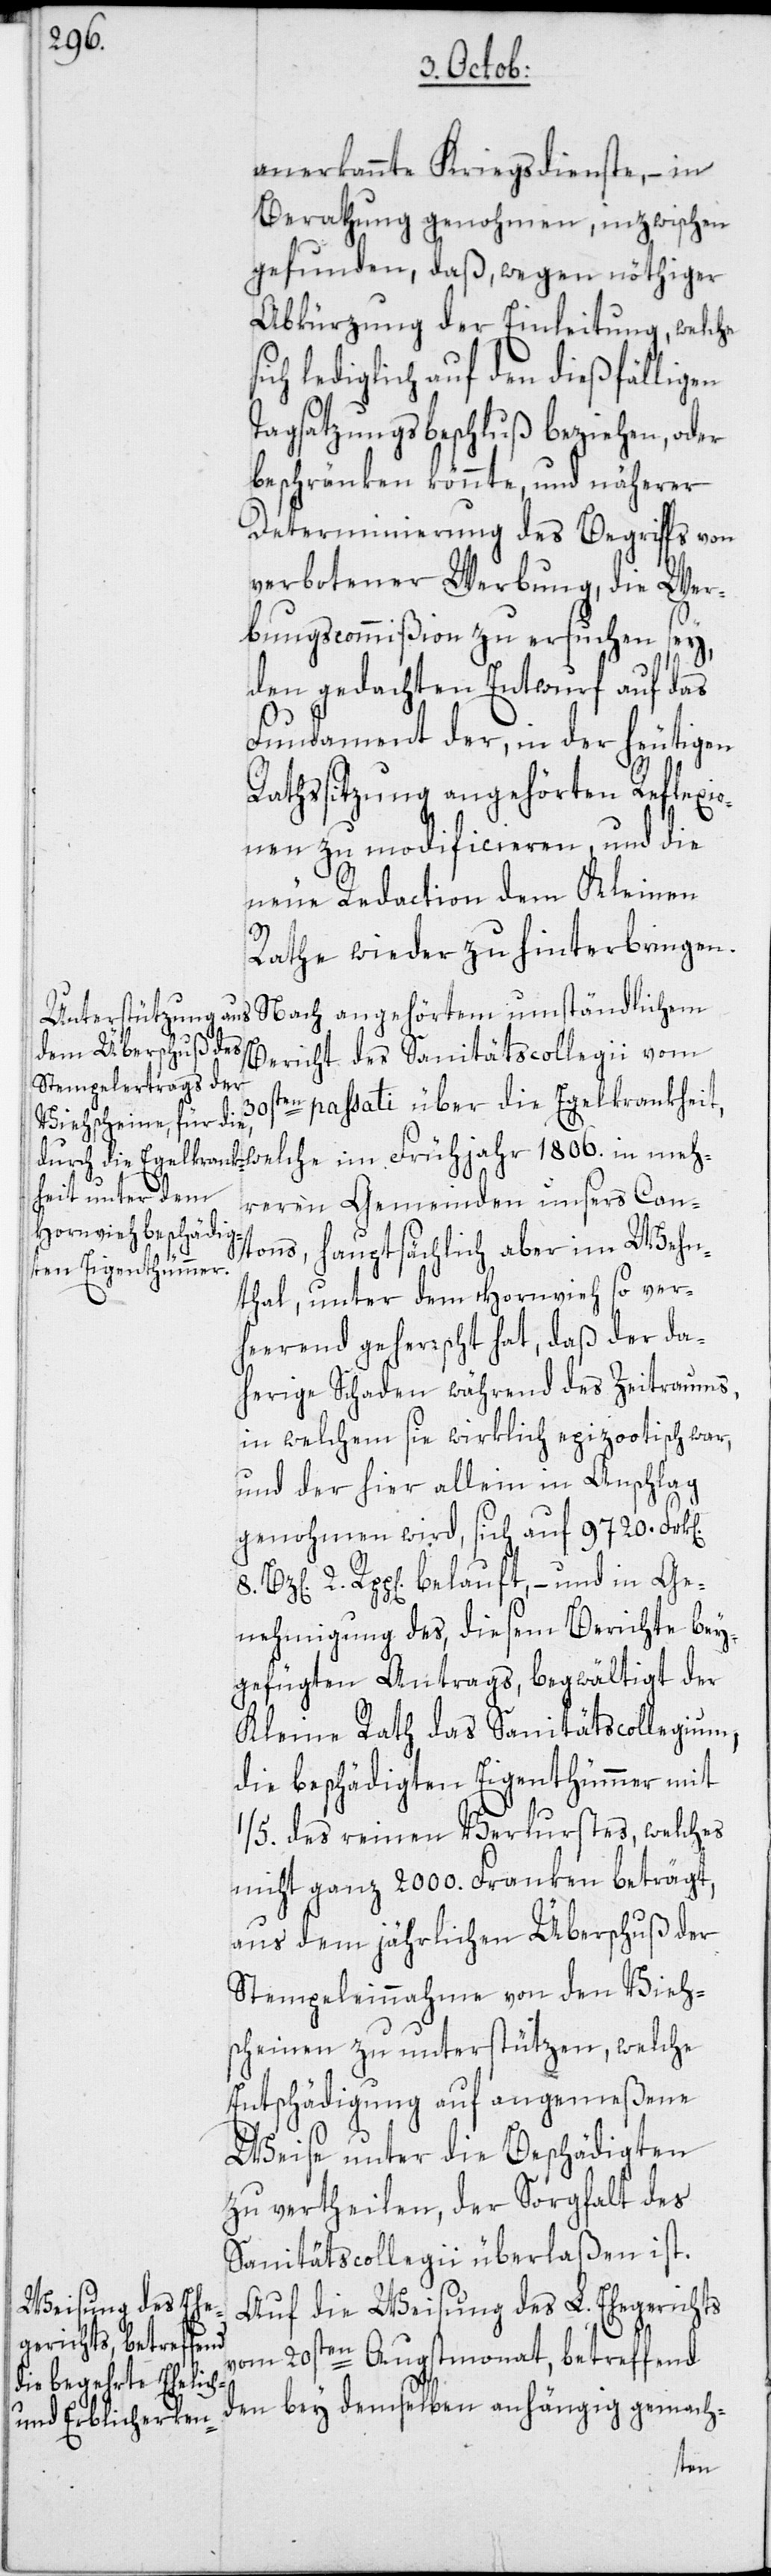
anerkannte Kriegsdienste, –in
Berathung genohmen, inzwischen
gefunden, daß, wegen nöthiger
Abkürzung der Einleitung, welche
ich lediglich auf den dießfälligen
Tagsatzungsbeschluß beziehen, oder
beschränken könnte, und näherer
Determinierung des Begriffs von
verbotener Werbung, die Wer¬
bungscommißion zu ersuchen sey,
den gedachten Entwurf auf das
s¬
Fundament der, in der heutigen
Rathssitzung angehörten Reflexio¬
nen zu modificieren, und die
neue Redaction dem Kleinen
Rathe wieder zu hinterbringen.
Nach angehörtem umständlichem
Bericht des Sanitätscollegii vom
ten passati über die Egelkrankheit,
8.
hreren Gemeinden unsers Can¬
tons, hauptsächlich aber im Wehn¬
thal, unter dem Hornvieh so ver¬
heerend geherrscht hat, daß der da¬
herige Schaden während des Zeitraums,
in welchem sie wirklich epizootisch war,
und der hier allein in Anschlag
genohmen wird, sich auf 9720. Frk[e¬
2. Rpp[en]. belauft, – und in Ge¬
nehmigung des, diesem Berichte bey¬
gefügten Antrags, begwältigt der
Kleine Rath das Sanitätscollegium,
die beschädigten Eigenthümmer mit
1/5. des reinen Verlurstes, welches
nicht ganz 2000. Franken beträgt,
aus dem jährlichen Überschuß der
Stempeleinnahme von den Vieh¬
scheinen zu unterstützen, welche
Entschädigung auf angemeßene
Weise unter die Beschädigten
zu vertheilen, der Sorgfalt des
Sanitätscollegii überlaßen ist.
Auf die Weisung des L. Ehegerichts
vom 20sten Augstmonat, betreffend
den bey demselben anhängig gemach-